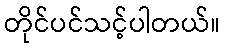
တိုင်ပင်သင့်ပါတယ်။